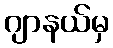
ဂျာနယ်မှ